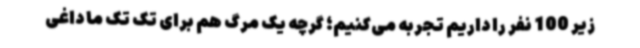
زیر 100 نفر را داریم تجربه می‌کنیم؛ گرچه یک مرگ هم برای تک تک ما داغی